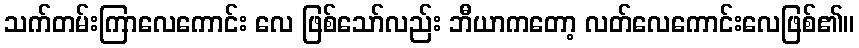
သက်တမ်းကြာလေကောင်း လေ ဖြစ်သော်လည်း ဘီယာကတော့ လတ်လေကောင်းလေဖြစ်၏။